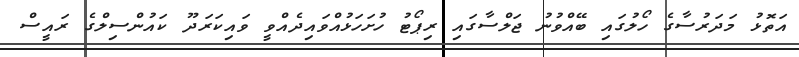
އަތޮޅު މަދަރުސާގެ ހޯލުގައި ބޭއްވުނު ޖަލްސާގައި ރިޕޯޓު ހުށަހަޅުއްވައިދެއްވީ ވައިކަރަދޫ ކައުންސިލްގެ ރައީސް